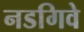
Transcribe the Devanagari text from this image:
नडगिवे